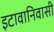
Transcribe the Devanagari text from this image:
इटावानिवासी